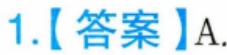
1.【答案】A.